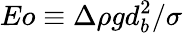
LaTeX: Eo\equiv\Delta\rho gd_{b}^{2}/\sigma